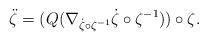
LaTeX: \begin{align*}\ddot{\zeta} = (Q ( \nabla_{\dot{\zeta} \circ \zeta^{-1}} \dot{\zeta} \circ \zeta^{-1} ) ) \circ \zeta.\end{align*}